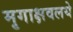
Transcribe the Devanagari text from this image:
मृगाक्षवलये